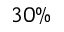
3 0 \%